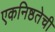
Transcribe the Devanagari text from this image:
एकनिष्ठतेची